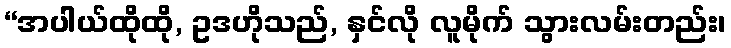
“အပါယ်ထိုထို, ဥဒဟိုသည်, နှင်လို လူမိုက် သွားလမ်းတည်း၊